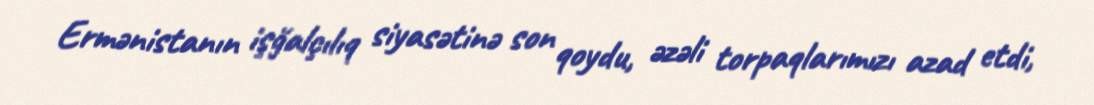
Ermənistanın işğalçılıq siyasətinə son qoydu, əzəli torpaqlarımızı azad etdi,